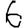
Digit: 6